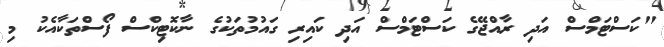
"ކަސްޓަމްސް އަދި ރާއްޖޭގެ ކަސްޓަމްސް އަދި ކައިރި ގައުމުތަކުގެ ނާކޮޓިކްސް ފޯސްތަކާއެކު މި